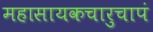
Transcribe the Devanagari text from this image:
महासायकचारुचापं